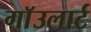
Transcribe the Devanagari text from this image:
गाॅउलार्ट